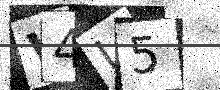
Text: W4I5